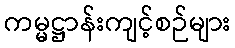
ကမ္မဋ္ဌာန်းကျင့်စဉ်များ